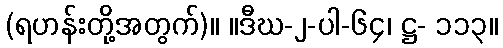
(ရဟန်းတို့အတွက်)။ ။ဒီဃ-၂-ပါ-၆၄၊ ဋ္ဌ- ၁၁၃။